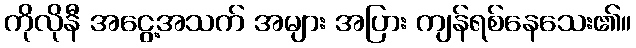
ကိုလိုနီ အငွေ့အသက် အများ အပြား ကျန်ရစ်နေသေး၏။